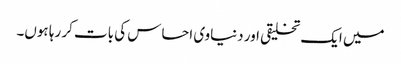
میں ایک تخلیقی اور دنیاوی احساس کی بات کر رہا ہوں۔